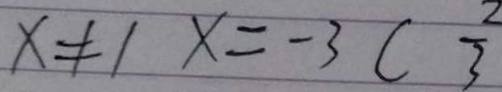
x \neq 1 x = - 3 C \frac { 2 } { 3 }